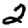
Digit: 2